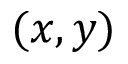
( x , y )